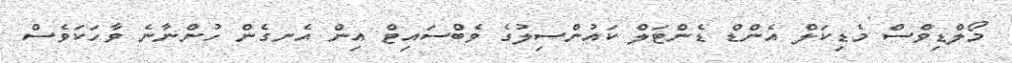
މޯލްޑިވްސް މެޑިކަލް އެންޑް ޑެންޓަލް ކައުންސިލުގެ ވެބްސައިޓް އިން އެނގެން ހުންނާނެ ވާހަކަވެސް